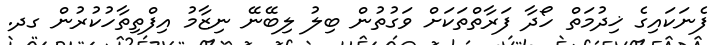
ފެނަކައިގެ ޚިދުމަތް ހޯދާ ފަރާތްތަކަށް ވަގުތުން ބިލު ލިބޭނޭ ނިޒާމު އިފްތިތާހުކުރުން ގދ.